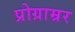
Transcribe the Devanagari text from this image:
प्रोग्राम्रर